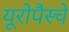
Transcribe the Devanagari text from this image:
यूरोपैस्चे